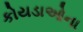
કોયડાઓના